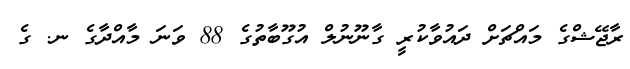
ރާޖޭޝްގެ މައްޗަށް ދައުވާކުރީ ގާނޫނުލް އުގޫބާތުގެ 88 ވަނަ މާއްދާގެ ނ. ގެ